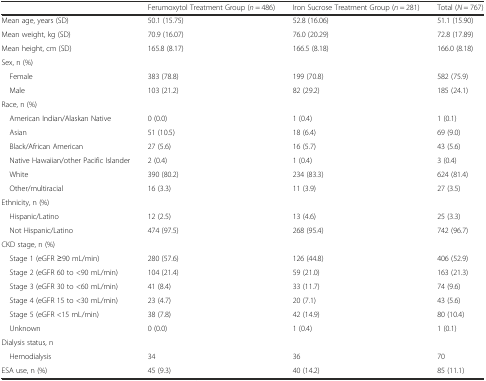
<table><thead><tr><td></td><td><b>Ferumoxytol Treatment Group (<i>n</i> = 486)</b></td><td><b>Iron Sucrose Treatment Group (<i>n</i> = 281)</b></td><td><b>Total (<i>N</i> = 767)</b></td></tr></thead><tbody><tr><td>Mean age, years (SD)</td><td>50.1 (15.75)</td><td>52.8 (16.06)</td><td>51.1 (15.90)</td></tr><tr><td>Mean weight, kg (SD)</td><td>70.9 (16.07)</td><td>76.0 (20.29)</td><td>72.8 (17.89)</td></tr><tr><td>Mean height, cm (SD)</td><td>165.8 (8.17)</td><td>166.5 (8.18)</td><td>166.0 (8.18)</td></tr><tr><td colspan="4">Sex, n (%)</td></tr><tr><td> Female</td><td>383 (78.8)</td><td>199 (70.8)</td><td>582 (75.9)</td></tr><tr><td> Male</td><td>103 (21.2)</td><td>82 (29.2)</td><td>185 (24.1)</td></tr><tr><td colspan="4">Race, n (%)</td></tr><tr><td> American Indian/Alaskan Native</td><td>0 (0.0)</td><td>1 (0.4)</td><td>1 (0.1)</td></tr><tr><td> Asian</td><td>51 (10.5)</td><td>18 (6.4)</td><td>69 (9.0)</td></tr><tr><td> Black/African American</td><td>27 (5.6)</td><td>16 (5.7)</td><td>43 (5.6)</td></tr><tr><td> Native Hawaiian/other Pacific Islander</td><td>2 (0.4)</td><td>1 (0.4)</td><td>3 (0.4)</td></tr><tr><td> White</td><td>390 (80.2)</td><td>234 (83.3)</td><td>624 (81.4)</td></tr><tr><td> Other/multiracial</td><td>16 (3.3)</td><td>11 (3.9)</td><td>27 (3.5)</td></tr><tr><td colspan="4">Ethnicity, n (%)</td></tr><tr><td> Hispanic/Latino</td><td>12 (2.5)</td><td>13 (4.6)</td><td>25 (3.3)</td></tr><tr><td> Not Hispanic/Latino</td><td>474 (97.5)</td><td>268 (95.4)</td><td>742 (96.7)</td></tr><tr><td>CKD stage, n (%)</td><td></td><td></td><td></td></tr><tr><td> Stage 1 (eGFR ≥90 mL/min)</td><td>280 (57.6)</td><td>126 (44.8)</td><td>406 (52.9)</td></tr><tr><td> Stage 2 (eGFR 60 to &lt;90 mL/min)</td><td>104 (21.4)</td><td>59 (21.0)</td><td>163 (21.3)</td></tr><tr><td> Stage 3 (eGFR 30 to &lt;60 mL/min)</td><td>41 (8.4)</td><td>33 (11.7)</td><td>74 (9.6)</td></tr><tr><td> Stage 4 (eGFR 15 to &lt;30 mL/min)</td><td>23 (4.7)</td><td>20 (7.1)</td><td>43 (5.6)</td></tr><tr><td> Stage 5 (eGFR &lt;15 mL/min)</td><td>38 (7.8)</td><td>42 (14.9)</td><td>80 (10.4)</td></tr><tr><td> Unknown</td><td>0 (0.0)</td><td>1 (0.4)</td><td>1 (0.1)</td></tr><tr><td>Dialysis status, n</td><td></td><td></td><td></td></tr><tr><td> Hemodialysis</td><td>34</td><td>36</td><td>70</td></tr><tr><td>ESA use, n (%)</td><td>45 (9.3)</td><td>40 (14.2)</td><td>85 (11.1)</td></tr></tbody></table>